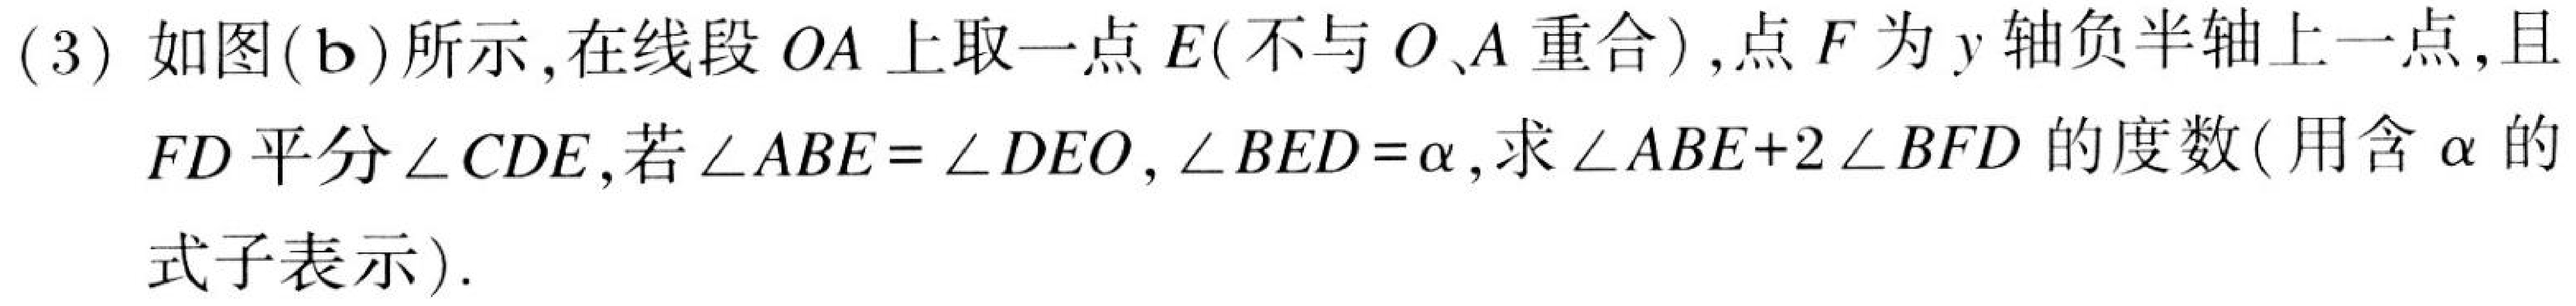
(3) 如图(b)所示,在线段\(OA\)上取一点\(E\)(不与\(O、A\)重合),点\(F\)为\(y\)轴负半轴上一点,且
\(FD\)平分\(\angle CDE\),若\(\angle ABE = \angle DEO\), \(\angle BED=\alpha\),求\(\angle ABE + 2\angle BFD\)的度数(用含\(\alpha\)的
式子表示).